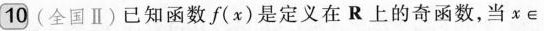
10(全国Ⅱ)已知函数f(x)是定义在R上的奇函数，当x\in